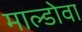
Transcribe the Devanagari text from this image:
माल्डोवा